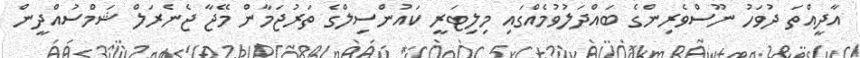
އާދީއްތަ ދުވަހު ނޫސްވެރިންގެ ބައްދަލުވުމެއްގައި މިލިޓަރީ ކައުންސިލްގެ ތަރުޖަމާން މޭޖާ ޖެނެރަލް ޝަމްސުއްދީން